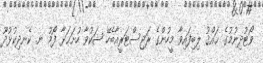
ވޯޓުދިނުމުގެ ޙައްޤު ލިބިފައިވާ މީހުންގެ ރަޖިސްޓަރީއާބެހޭ ޝަކުވާ ހުށަޙަޅާ ފޯމު ނ. ކެނދިކުޅުދޫ